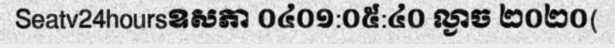
Seatv24hoursឧសភា ០៤០១:០៥:៤០ ល្ងាច ២០២០(